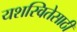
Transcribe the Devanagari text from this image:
यशस्वितेसाठी